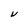
Character: V